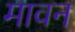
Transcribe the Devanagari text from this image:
मावन